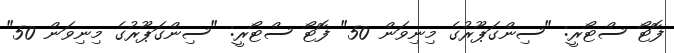
ފޮޓޯ ސްޓޯރީ: "ސިންގަޕޫރުގެ މިނިވަން 50" ފޮޓޯ ސްޓޯރީ: "ސިންގަޕޫރުގެ މިނިވަން 50"